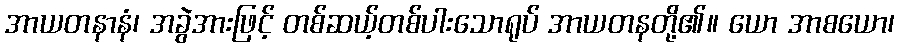
အာယတနာနံ၊ အခွဲအားဖြင့် တစ်ဆယ့်တစ်ပါးသောရုပ် အာယတနတို့၏။ ယော အာစယော၊